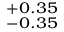
^ { + 0 . 3 5 } _ { - 0 . 3 5 }